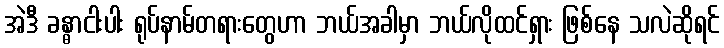
အဲဒီ ခန္ဓာငါးပါး ရုပ်နာမ်တရားတွေဟာ ဘယ်အခါမှာ ဘယ်လိုထင်ရှား ဖြစ်နေ သလဲဆိုရင်